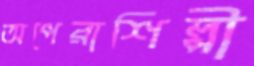
অপেরাশিল্পী